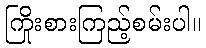
ကြိုးစားကြည့်စမ်းပါ။